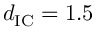
d _ { \mathrm { I C } } = 1 . 5